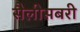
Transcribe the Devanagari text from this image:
सैलीसबरी